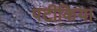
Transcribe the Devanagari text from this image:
पटीकिया